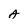
Character: A